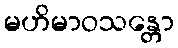
မဟိမာဝသန္တော